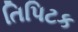
તિપિટક